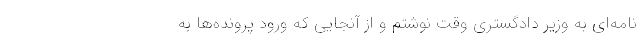
نامه‌ای به وزیر دادگستری وقت نوشتم و از آنجایی که ورود پرونده‌ها به